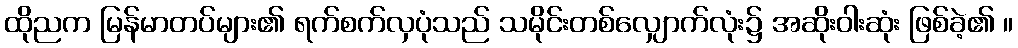
ထိုညက မြန်မာတပ်များ၏ ရက်စက်လှပုံသည် သမိုင်းတစ်လျှောက်လုံး၌ အဆိုးဝါးဆုံး ဖြစ်ခဲ့၏ ။